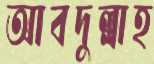
আবদুল্লাহ